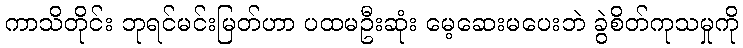
ကာသိတိုင်း ဘုရင်မင်းမြတ်ဟာ ပထမဦးဆုံး မေ့ဆေးမပေးဘဲ ခွဲစိတ်ကုသမှုကို